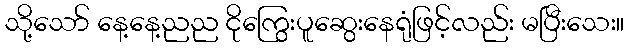
သို့သော် နေ့နေ့ညည ငိုကြွေးပူဆွေးနေရုံဖြင့်လည်း မပြီးသေး။